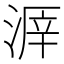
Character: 𣸒